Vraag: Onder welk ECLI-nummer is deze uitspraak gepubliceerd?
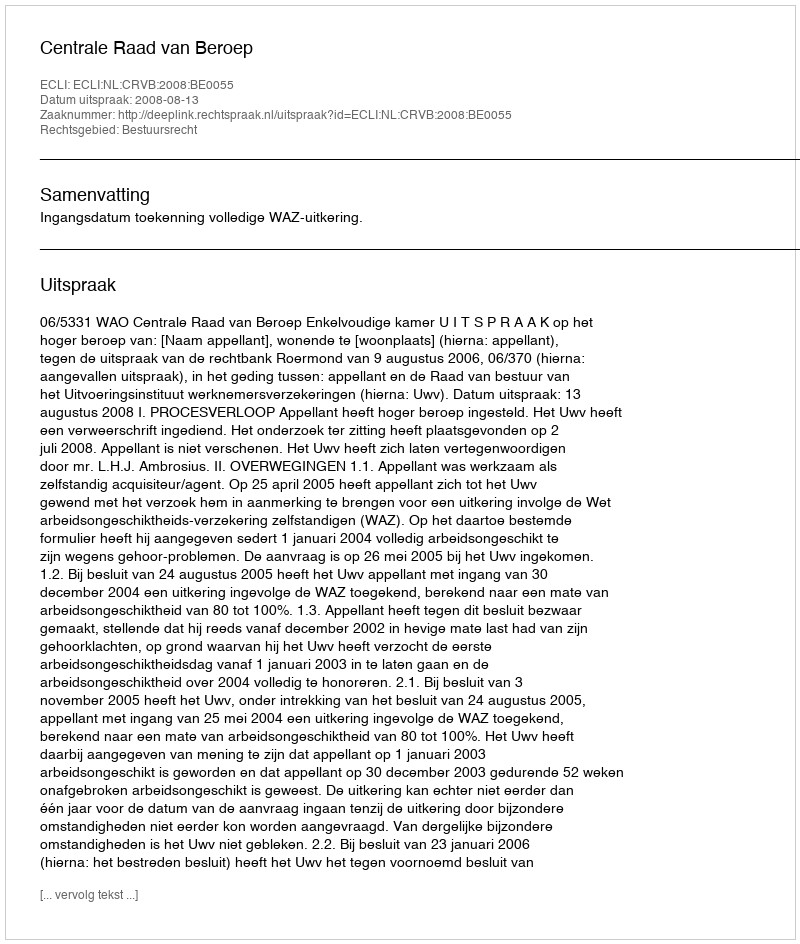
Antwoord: ECLI:NL:CRVB:2008:BE0055